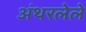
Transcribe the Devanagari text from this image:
अंथरलेले